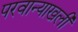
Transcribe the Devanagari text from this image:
परवान्याखली